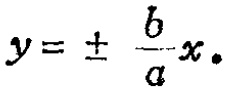
$y = \pm \frac{b}{a}x.$